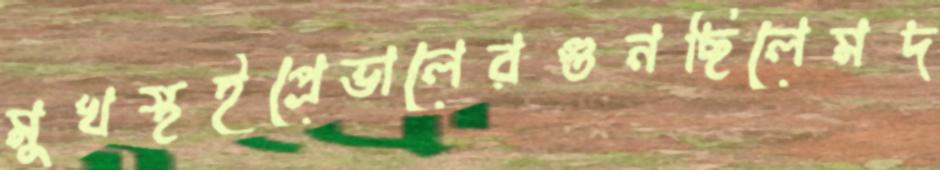
মুখস্থইপ্রেভালেরগুনছিলেমদ